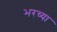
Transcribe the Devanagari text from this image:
भरच्या